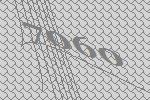
7060